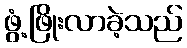
ဖွံ့ဖြိုးလာခဲ့သည်